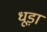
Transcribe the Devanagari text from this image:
धूड़ां